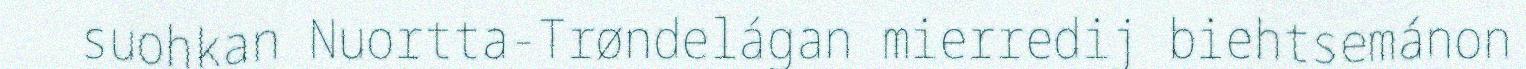
suohkan Nuortta-Trøndelágan mierredij biehtsemánon